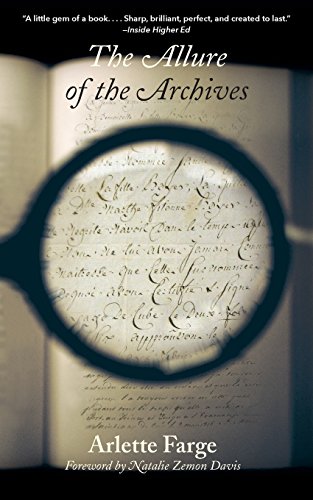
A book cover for The Allure of the Archives (The Lewis Walpole Series in Eighteenth-C); Arlette Farge; Literature & Fiction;